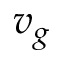
v _ { g }